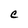
Character: C